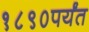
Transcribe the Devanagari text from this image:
१८९०पर्यंत